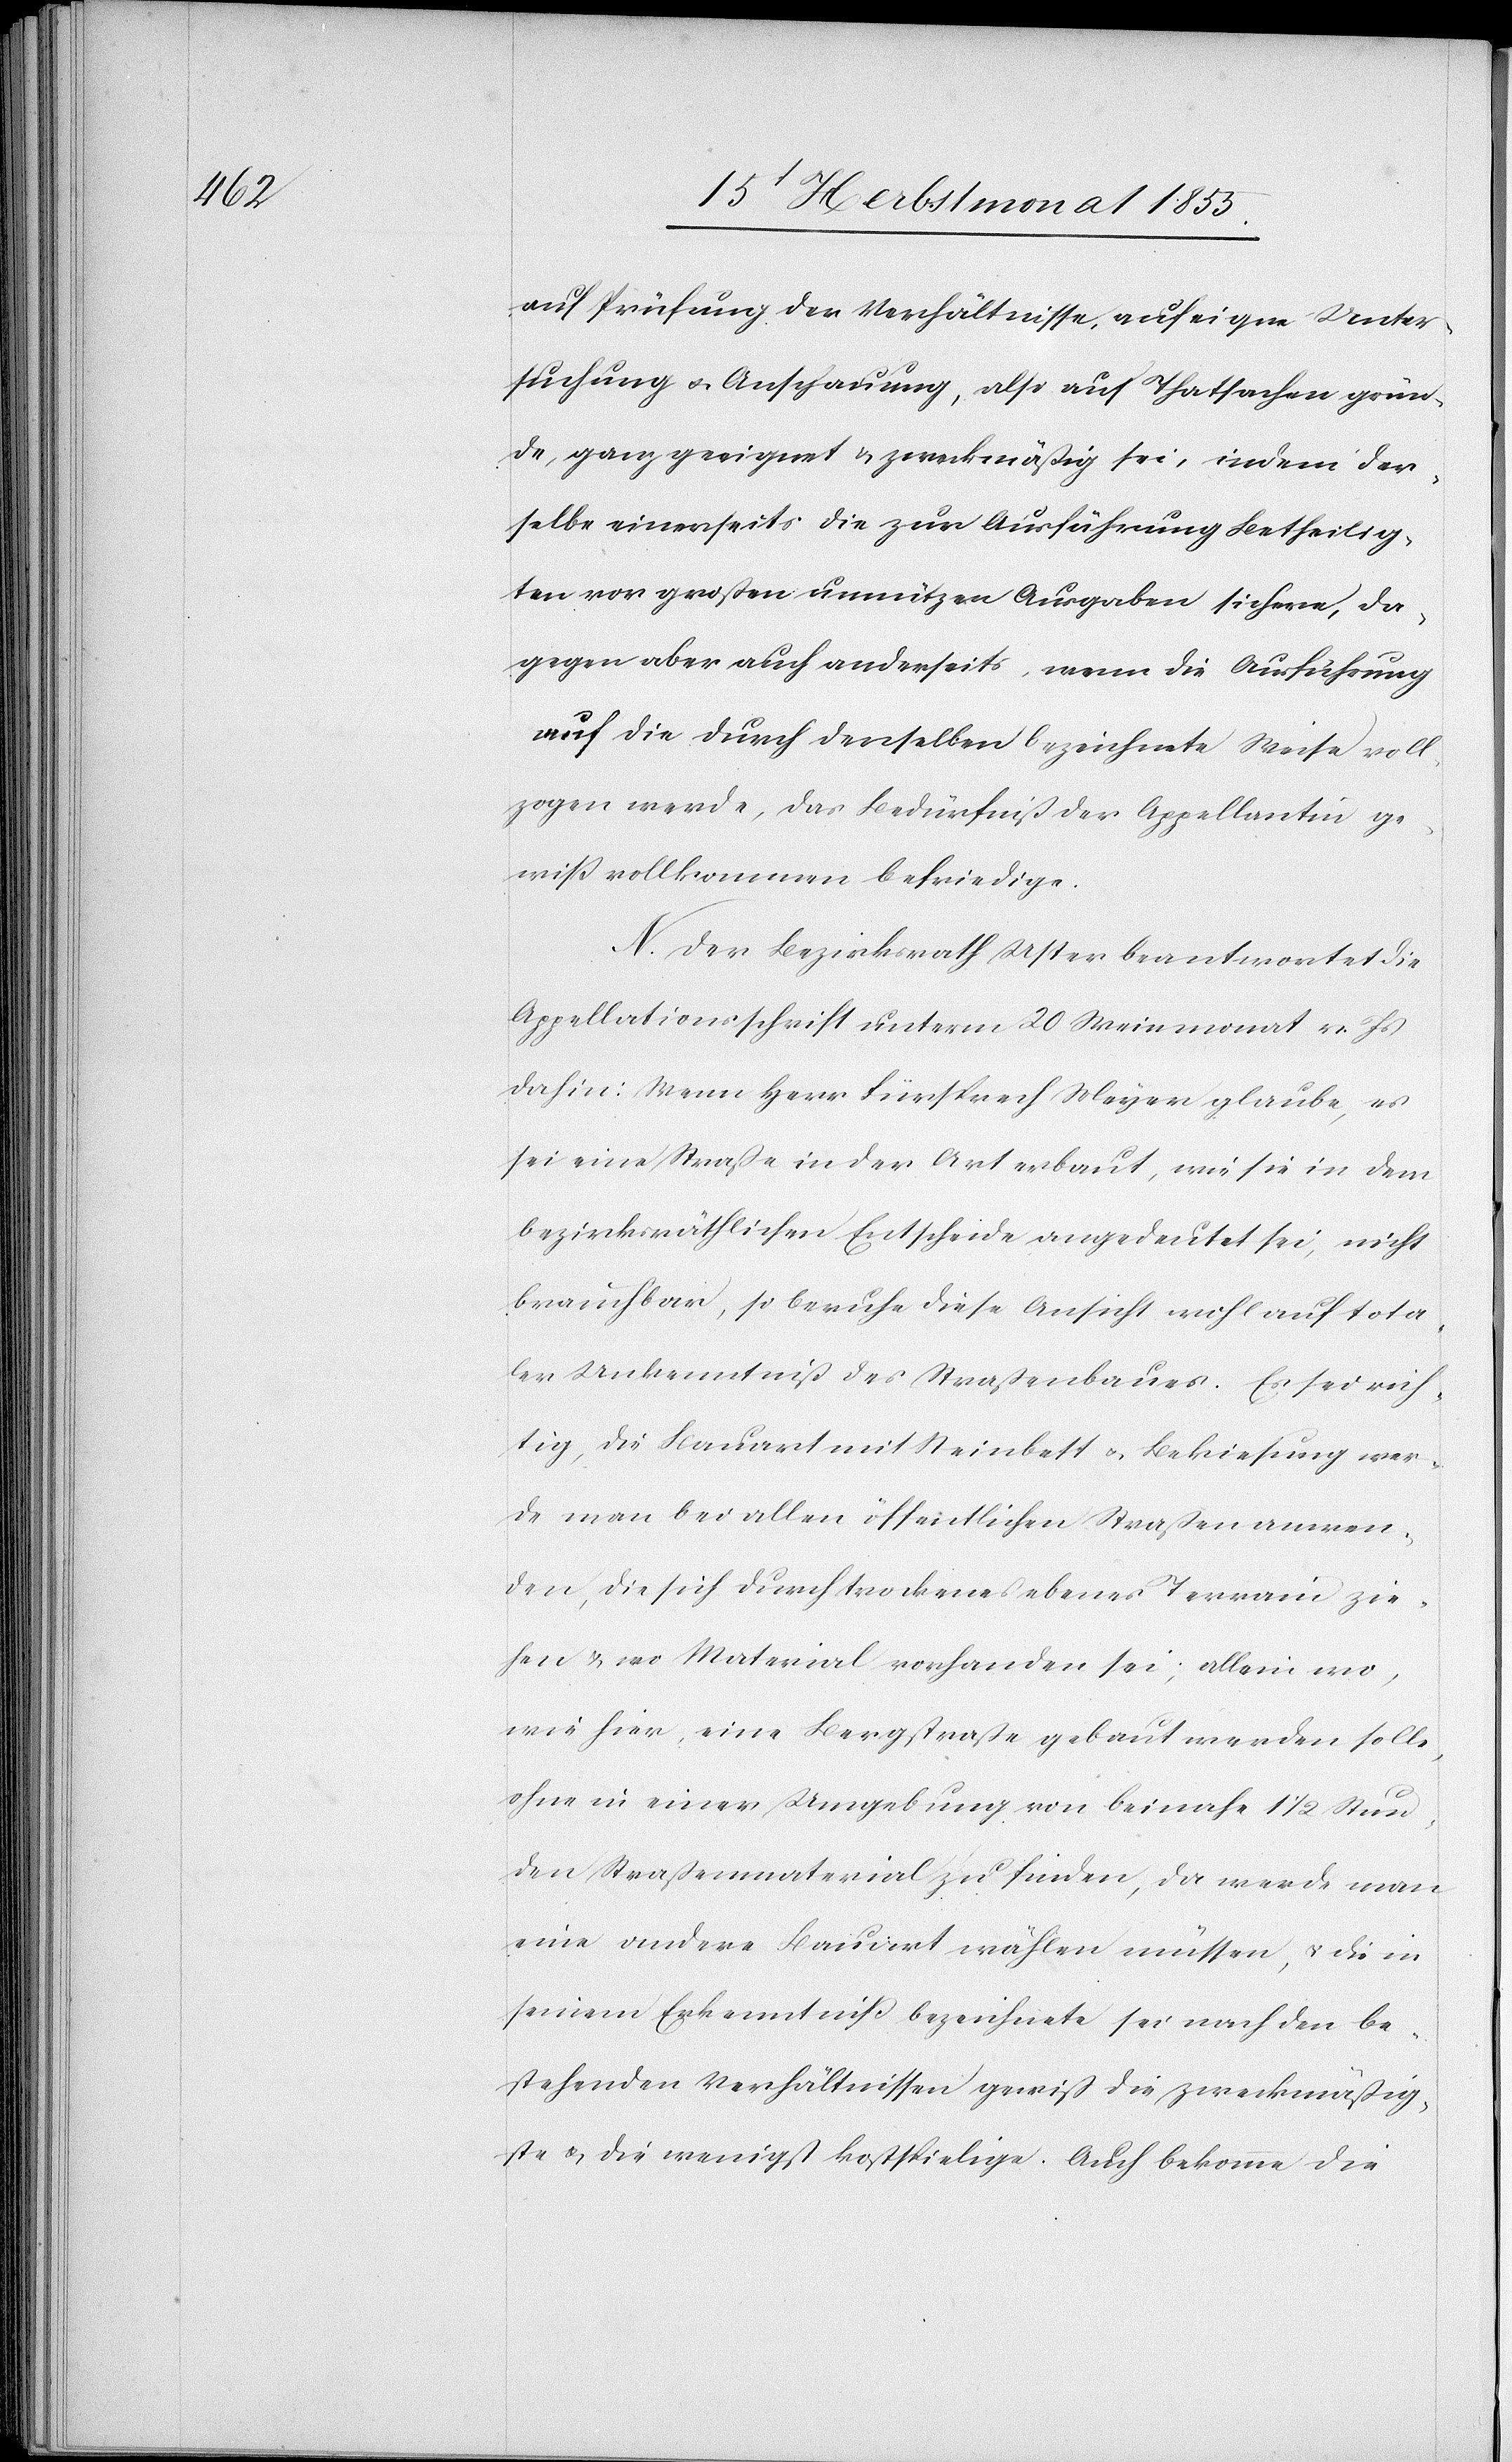
auf Prüfung der Verhältnisse, auf eigne Unter¬
suchung & Anschauung, also auf Thatsachen grün¬
de, ganz geeignet & zweckmäßig sei, indem der¬
selbe einerseits die zur Ausführung Betheilig¬
ten vor großen unnützen Ausgaben sichere, da¬
gegen aber auch anderseits, wenn die Ausführung
auf die durch denselben bezeichnete Weise voll¬
zogen werde, das Bedürfniß der Appellantin ge¬
wiß vollkommen befriedige.
N. Der Bezirksrath Uster beantwortet die
Appellationsschrift unterm 20 Weinmonat v. Js
dahin: Wenn Herr Fürsprech Meyer glaube, es
sei eine Straße in der Art erbaut, wie sie in dem
bezirksräthlichen Entscheide angedeutet sei, nicht
brauchbar, so beruhe diese Ansicht wohl auf tota¬
ler Unkenntniß des Straßenbaues. Es sei rich¬
tig, die Bauart mit Steinbett & Bekiesung wer¬
de man bei allen öffentlichen Straßen anwen¬
den, die sich durch trockenes ebenes Terrain zie¬
hen & wo Material vorhanden sei; allein wo,
wie hier, eine Bergstraße gebaut werden solle,
ohne in einer Umgebung von beinahe 1 1/2 Stun¬
den Straßenmaterial zu finden, da werde man
eine andere Bauart wählen müssen, & die in
seinem Erkenntniß bezeichnete sei nach den be¬
stehenden Verhältnissen gewiß die zweckmäßig¬
ste & die wenigst kostspielige. Auch bekomme die